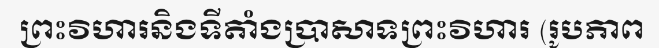
ព្រះវិហារនិងទីតាំងប្រាសាទព្រះវិហារ (រូបភាព